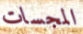
المجسات